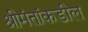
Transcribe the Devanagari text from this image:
श्रीमंतांकडील